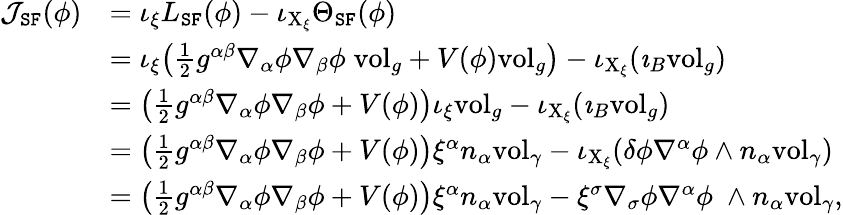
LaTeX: \begin{array}{rl}{\mathcal{J}_{\mathtt{SF}}(\phi)}&{=\iota_{\xi}L_{\mathtt{SF}}(\phi)-\iota_{\mathrm{X}_{\xi}}\Theta_{\mathtt{SF}}(\phi)}\\ &{=\iota_{\xi}\big(\frac{1}{2}g^{\alpha\beta}\nabla_{\alpha}\phi\nabla_{\beta}\phi\; \mathrm{vol}_{g}+V(\phi)\mathrm{vol}_{g}\big)-\iota_{\mathrm{X}_{\xi}}(\imath_{B}\mathrm{vol}_{g})}\\ &{=\big(\frac{1}{2}g^{\alpha\beta}\nabla_{\alpha}\phi\nabla_{\beta}\phi+V(\phi)\big)\iota_{\xi}\mathrm{vol}_{g}-\iota_{\mathrm{X}_{\xi}}(\imath_{B}\mathrm{vol}_{g})}\\ &{=\big(\frac{1}{2}g^{\alpha\beta}\nabla_{\alpha}\phi\nabla_{\beta}\phi+V(\phi)\big)\xi^{\alpha}n_{\alpha}\mathrm{vol}_{\gamma}-\iota_{\mathrm{X}_{\xi}}(\delta\phi\nabla^{\alpha}\phi\wedge n_{\alpha}\mathrm{vol}_{\gamma})}\\ &{=\big(\frac{1}{2}g^{\alpha\beta}\nabla_{\alpha}\phi\nabla_{\beta}\phi+V(\phi)\big)\xi^{\alpha}n_{\alpha}\mathrm{vol}_{\gamma}-\xi^{\sigma}\nabla_{\sigma}\phi\nabla^{\alpha}\phi\; \wedge n_{\alpha}\mathrm{vol}_{\gamma},}\end{array}